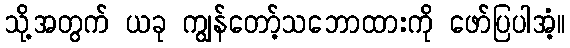
သို့အတွက် ယခု ကျွန်တော့်သဘောထားကို ဖော်ပြပါအံ့။